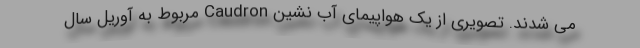
می شدند. تصویری از یک هواپیمای آب نشین Caudron مربوط به آوریل سال